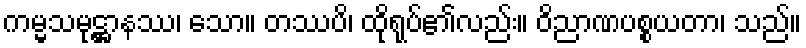
ကမ္မသမုဋ္ဌာနဿ၊ သော။ တဿပိ၊ ထိုရုပ်၏လည်း။ ဝိညာဏပစ္စယတာ၊ သည်။